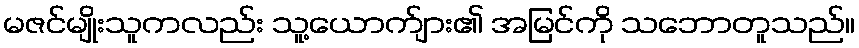
မဇင်မျိုးသူကလည်း သူ့ယောက်ျား၏ အမြင်ကို သဘောတူသည်။